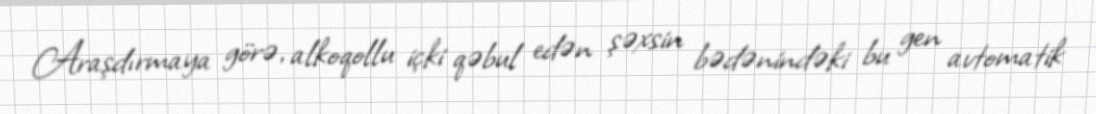
Araşdırmaya görə, alkoqollu içki qəbul edən şəxsin bədənindəki bu gen avtomatik